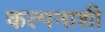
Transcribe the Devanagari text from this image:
कल्पनाशी